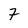
Character: 7